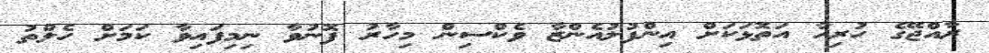
ރާއްޖޭގެ ހުރިހާ އަތޮޅަކަށް އިންފުލުއެންޒާ ވެކްސިން މިހާރު ފޮނުވާ ނިމިފައިވާ ކަމަށް ހެލްތު